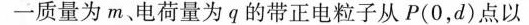
一质量为m、电荷量为q的带正电粒子从P(0，d)点以